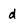
Character: d